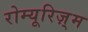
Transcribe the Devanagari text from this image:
रोम्यूरिज़्म